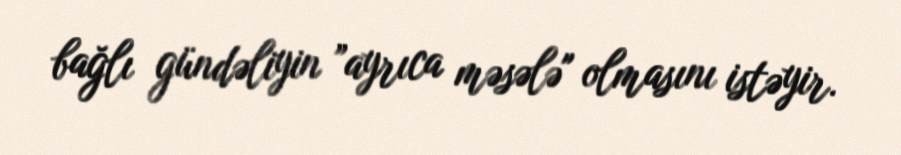
bağlı gündəliyin ”ayrıca məsələ" olmasını istəyir.